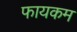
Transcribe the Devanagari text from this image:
फायकम